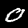
Label: 0